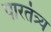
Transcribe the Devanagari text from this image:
पारतंत्र्य